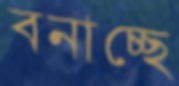
বনাচ্ছে